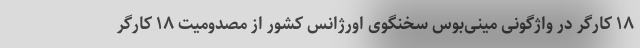
۱۸ کارگر در واژگونی مینی‌بوس سخنگوی اورژانس کشور از مصدومیت ۱۸ کارگر